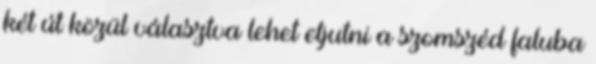
két út közül választva lehet eljutni a szomszéd faluba